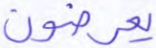
يعرضون